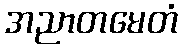
အညာတမေတံ